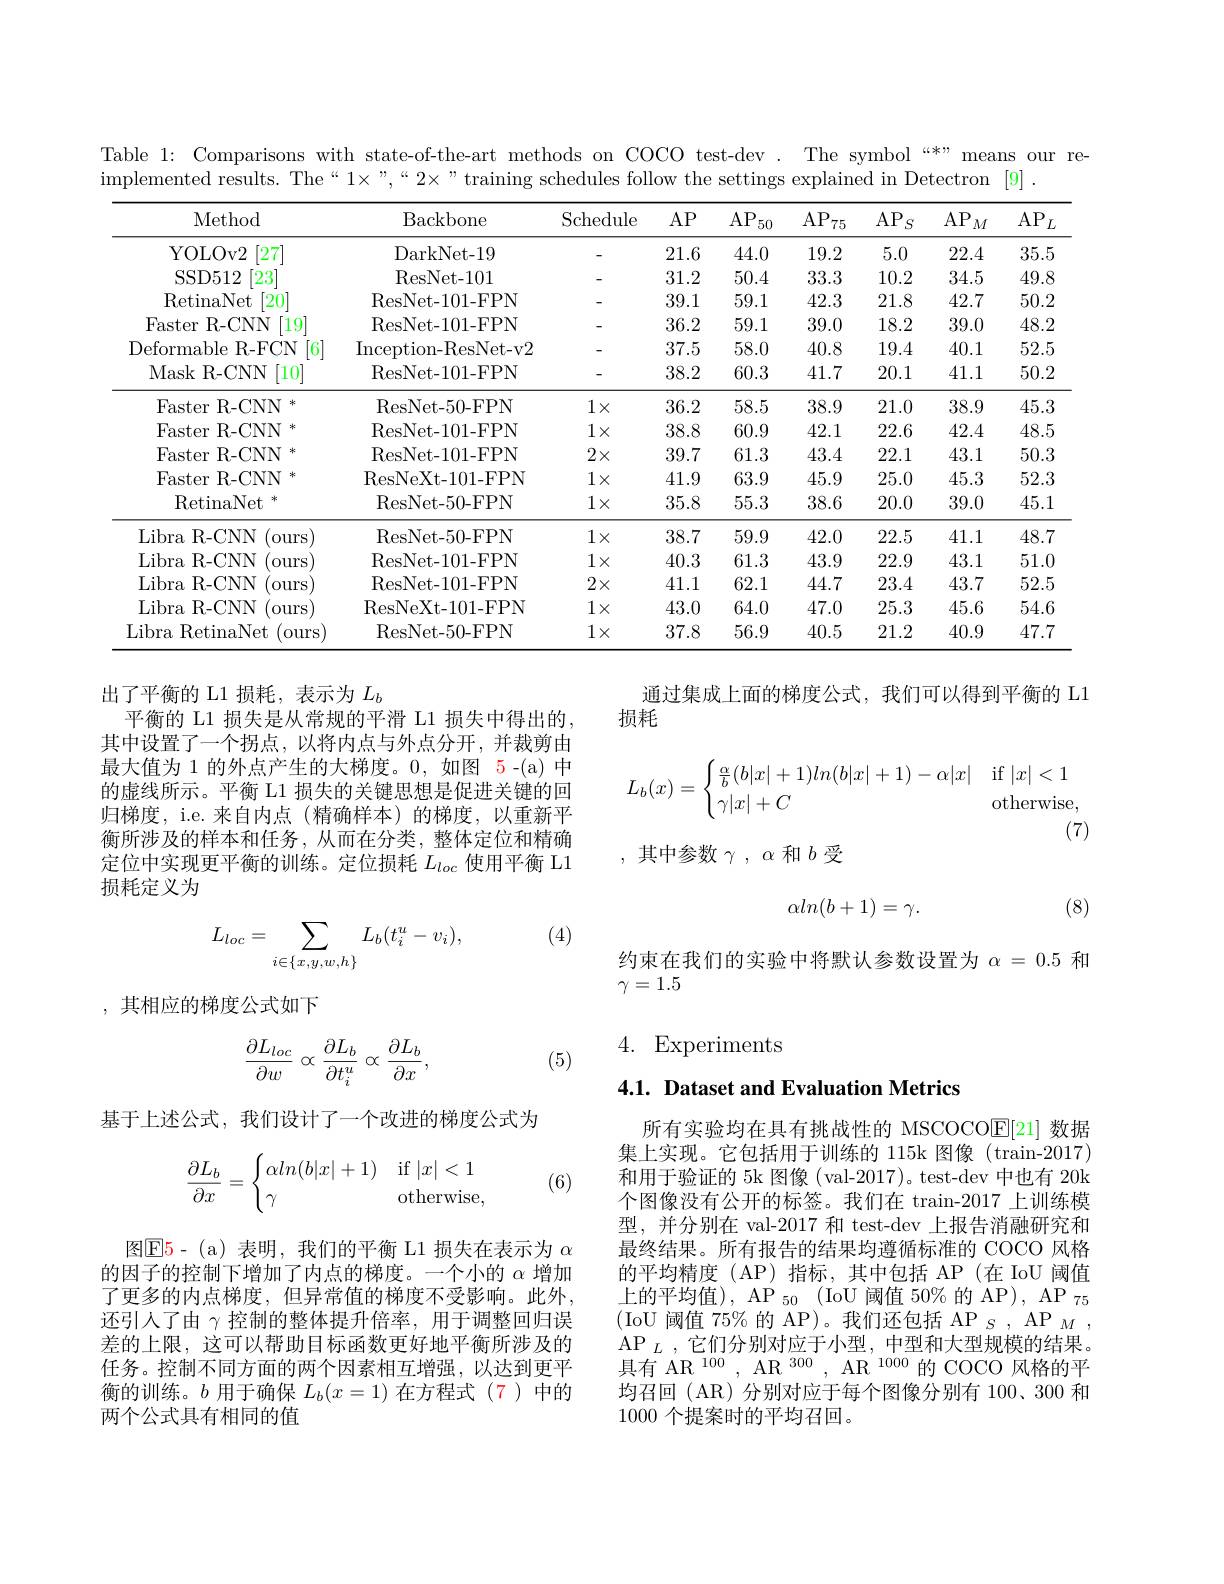
Table 1: Comparisons with state-of-the-art methods on COCO test-dev . The symbol “*” means our re-
$\bar{\text{implemented results. The“1}}\times”,“2\times”$ training schedules follow the settings explained in Detectron [9] .

<table>
	<tbody>
		<tr>
			<th>Method</th>
			<th>Backbone</th>
			<th>Schedule</th>
			<th>$AP$</th>
			<th>$AP$ 50</th>
			<th>AP 75</th>
			<th>$AP$ $^{\prime}S$</th>
			<th>$AP$ $M$</th>
			<th>$AP$ $L$</th>
		</tr>
		<tr>
			<td>YOLOv2 [27]</td>
			<td>DarkNet- 19</td>
			<td> </td>
			<td>21.6</td>
			<td>44.0</td>
			<td>19.2</td>
			<td>5.0</td>
			<td>22.4</td>
			<td>35.5</td>
		</tr>
		<tr>
			<td>[23] SSD512</td>
			<td>ResNet- 101</td>
			<td> </td>
			<td>31.2</td>
			<td>50.4</td>
			<td>33.3</td>
			<td>10.2</td>
			<td>34.5</td>
			<td>49.8</td>
		</tr>
		<tr>
			<td>RetinaNet 20</td>
			<td>ResNet-101-FPN</td>
			<td> </td>
			<td>39.1</td>
			<td>59.1</td>
			<td>42.3</td>
			<td>21.8</td>
			<td>42.7</td>
			<td>50.2</td>
		</tr>
		<tr>
			<td>Faster R- CNN 19</td>
			<td>ResNet- 101- FPN</td>
			<td> </td>
			<td>36.2</td>
			<td>59.1</td>
			<td>39.0</td>
			<td>18.2</td>
			<td>39.0</td>
			<td>48.2</td>
		</tr>
		<tr>
			<td>Deformable R- FCN 6</td>
			<td>Inception- ResNet- v2</td>
			<td> </td>
			<td>37.5</td>
			<td>58.0</td>
			<td>40.8</td>
			<td>19.4</td>
			<td>40.1</td>
			<td>52.5</td>
		</tr>
		<tr>
			<td>Mask {:}R- CNN [10]</td>
			<td>ResNet-101-FPN</td>
			<td> </td>
			<td>38.2</td>
			<td>60.3</td>
			<td>41.7</td>
			<td>20.1</td>
			<td>41.1</td>
			<td>50.2</td>
		</tr>
		<tr>
			<td>Faster R-CNN 冰</td>
			<td>ResNet- 50- FPN</td>
			<td>$1\times$</td>
			<td>36.2</td>
			<td>58.5</td>
			<td>38.9</td>
			<td>21.0</td>
			<td>38.9</td>
			<td>45.3</td>
		</tr>
		<tr>
			<td>$\operatorname{Faster}$ R- CNN 24</td>
			<td>ResNet- 101- FPN</td>
			<td>$1\times$</td>
			<td>38.8</td>
			<td>60.9</td>
			<td>42.1</td>
			<td>22.6</td>
			<td>42.4</td>
			<td>48.5</td>
		</tr>
		<tr>
			<td>Faster R- CNN 20</td>
			<td>ResNet- 101- FPN</td>
			<td>$2\times$</td>
			<td>39.7</td>
			<td>61.3</td>
			<td>43.4</td>
			<td>22.1</td>
			<td>43.1</td>
			<td>50.3</td>
		</tr>
		<tr>
			<td>Faster R- CNN 20</td>
			<td>ResNeXt-101-FPN</td>
			<td>$1\times$</td>
			<td>41.9</td>
			<td>63.9</td>
			<td>45.9</td>
			<td>25.0</td>
			<td>45.3</td>
			<td>52.3</td>
		</tr>
		<tr>
			<td>RetinaNet 2</td>
			<td>ResNet- 50- FPN</td>
			<td>$1\times$</td>
			<td>35.8</td>
			<td>55.3</td>
			<td>38.6</td>
			<td>20.0</td>
			<td>39.0</td>
			<td>45.1</td>
		</tr>
		<tr>
			<td>LibraR- CNN (ours</td>
			<td>ResNet- 50- FPN</td>
			<td>$1\times$</td>
			<td>38.7</td>
			<td>59.9</td>
			<td>42.0</td>
			<td>22.5</td>
			<td>41.1</td>
			<td>48.7</td>
		</tr>
		<tr>
			<td>LibraR- CNN ours</td>
			<td>ResNet- 101- FPN</td>
			<td>$1\times$</td>
			<td>40.3</td>
			<td>61.3</td>
			<td>43.9</td>
			<td>22.9</td>
			<td>43.1</td>
			<td>51.0</td>
		</tr>
		<tr>
			<td>Libra $\textbf{R- CNN}$ ours</td>
			<td>ResNet-101-FPN</td>
			<td>$2\times$</td>
			<td>41.1</td>
			<td>62.1</td>
			<td>44.7</td>
			<td>23.4</td>
			<td>43.7</td>
			<td>52.5</td>
		</tr>
		<tr>
			<td>Libra $\textbf{R- CNN}$ ours</td>
			<td>ResNeXt-101-FPN</td>
			<td>$1\times$</td>
			<td>43.0</td>
			<td>64.0</td>
			<td>47.0</td>
			<td>25.3</td>
			<td>45.6</td>
			<td>54.6</td>
		</tr>
		<tr>
			<td>Libra RetinaNet ours</td>
			<td>ResNet- 50- FPN</td>
			<td>$1\times$</td>
			<td>37.8</td>
			<td>56.9</td>
			<td>40.5</td>
			<td>21.2</td>
			<td>40.9</td>
			<td>47.7</td>
		</tr>
	</tbody>
</table>

通过集成上面的梯度公式，我们可以得到平衡的 L1
损耗
$$L_b(x)=\begin{cases}\frac{\alpha}{b}(b|x|+1)ln(b|x|+1)-\alpha|x|&\text{if}|x|<1\\\gamma|x|+C&\text{otherwise,}\end{cases}$$
出了平衡的 L1 损耗，表示为$L_b$
平衡的 L1 损失是从常规的平滑 L1 损失中得出的， 其中设置了一个拐点，以将内点与外点分开，并裁剪由最大值为 1 的外点产生的大梯度。0,如图 5-(a)中的虚线所示。平衡 L1 损失的关键思想是促进关键的回归梯度，i.e. 来自内点 (精确样本)的梯度，以重新平衡所涉及的样本和任务，从而在分类，整体定位和精确定位中实现更平衡的训练。定位损耗$L_loc$使用平衡 L1损耗定义为

(7)

,其中参数$\gamma,\alpha$和$b$受

(8)
$$\alpha ln(b+1)=\gamma.$$
(4)
$$L_{loc}=\sum_{i\in\{x,y,w,h\}}L_{b}(t_{i}^{u}-v_{i}),$$
约束在我们的实验中将默认参数设置为$\alpha=0.5$和
$\gamma=1.5$

,其相应的梯度公式如下

4. Experiments
$$\begin{aligned}\frac{\partial L_{loc}}{\partial w}\propto\frac{\partial L_b}{\partial t_i^u}\propto\frac{\partial L_b}{\partial x},\end{aligned}$$
(5)

## 4.1. Dataset and Evaluation Metrics

基于上述公式，我们设计了一个改进的梯度公式为
$$\dfrac{\partial L_b}{\partial x}=\begin{cases}\alpha ln(b|x|+1)&\text{if}|x|<1\\\gamma&\text{otherwise},\end{cases}$$
(6)

所有实验均在具有挑战性的 MSCOCOE[21] 数据集上实现。它包括用于训练的 115k 图像 (train-2017) 和用于验证的 5k 图像 (val-2017)。test-dev 中也有 20k 个图像没有公开的标签。我们在 train-2017 上训练模型，并分别在 val-2017 和 test-dev 上报告消融研究和最终结果。所有报告的结果均遵循标准的 COCO 风格的平均精度(AP)指标，其中包括 AP(在 IoU 阈值上的平均值), AP $_50$ (IoU 阈值 50% 的 AP), AP $_{75}$ (IoU 阈值 75% 的 AP)。我们还包括 AP $_S$, AP$_M$, $\mathrm{AP}_{L}$,它们分别对应于小型，中型和大型规模的结果。具有 AR $^{100}$, AR $^{300}$, AR $^{1000}$的 COCO 风格的平均召回 (AR)分别对应于每个图像分别有 100、300 和1000 个提案时的平均召回。

图$\boxed{\mathrm{E}5}$-(a)表明，我们的平衡 L1 损失在表示为 $\alpha$ 的因子的控制下增加了内点的梯度。一个小的$\alpha$增加了更多的内点梯度，但异常值的梯度不受影响。此外， 还引人了由$\gamma$控制的整体提升倍率，用于调整回归误差的上限，这可以帮助目标函数更好地平衡所涉及的任务。控制不同方面的两个因素相互增强，以达到更平衡的训练。$b$用于确保$L_b(x=1)$在方程式(7)中的两个公式具有相同的值